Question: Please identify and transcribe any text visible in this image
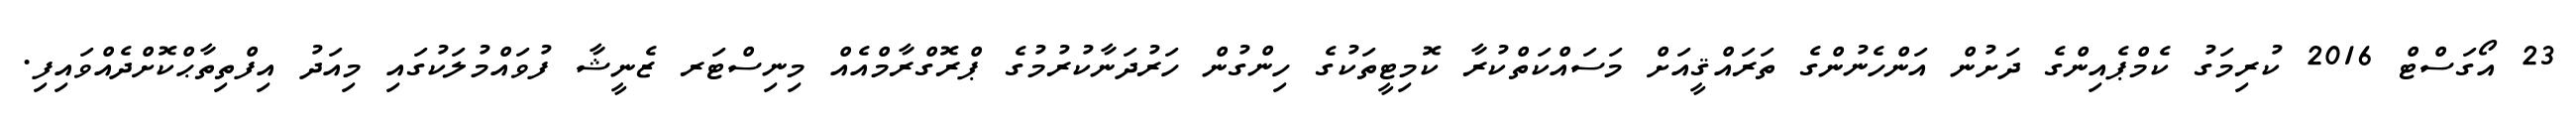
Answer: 23 އޯގަސްޓް 2016 ކުރިމަގު ކެމްޕެއިންގެ ދަށުން އަންހެނުންގެ ތަރައްޤީއަށް މަސައްކަތްކުރާ ކޮމިޓީތަކުގެ ހިންގުން ހަރުދަނާކުރުމުގެ ޕްރޮގްރާމްއެއް މިނިސްޓަރ ޒެނީޝާ ފުވައްމުލަކުގައި މިއަދު އިފްތިތާޙްކޮށްދެއްވައިފި.